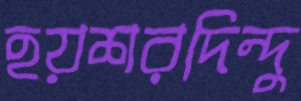
হয়শরদিন্দু